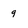
Character: 9